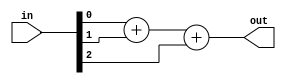
module top_module(
    input [2:0] in,
    output [1:0] out
);
    // Population count logic: Count the number of '1's in the 3-bit input vector
    assign out = in[0] + in[1] + in[2];
endmodule